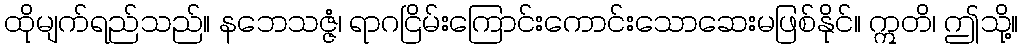
ထိုမျက်ရည်သည်။ နဘေသဇ္ဇံ၊ ရာဂငြိမ်းကြောင်းကောင်းသောဆေးမဖြစ်နိုင်။ ဣတိ၊ ဤသို့။